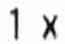
1 X